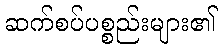
ဆက်စပ်ပစ္စည်းများ၏